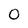
Character: 0